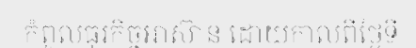
កំពូលធុរកិច្ចអាស៊ាន ដោយកាលពីថ្ងៃទី